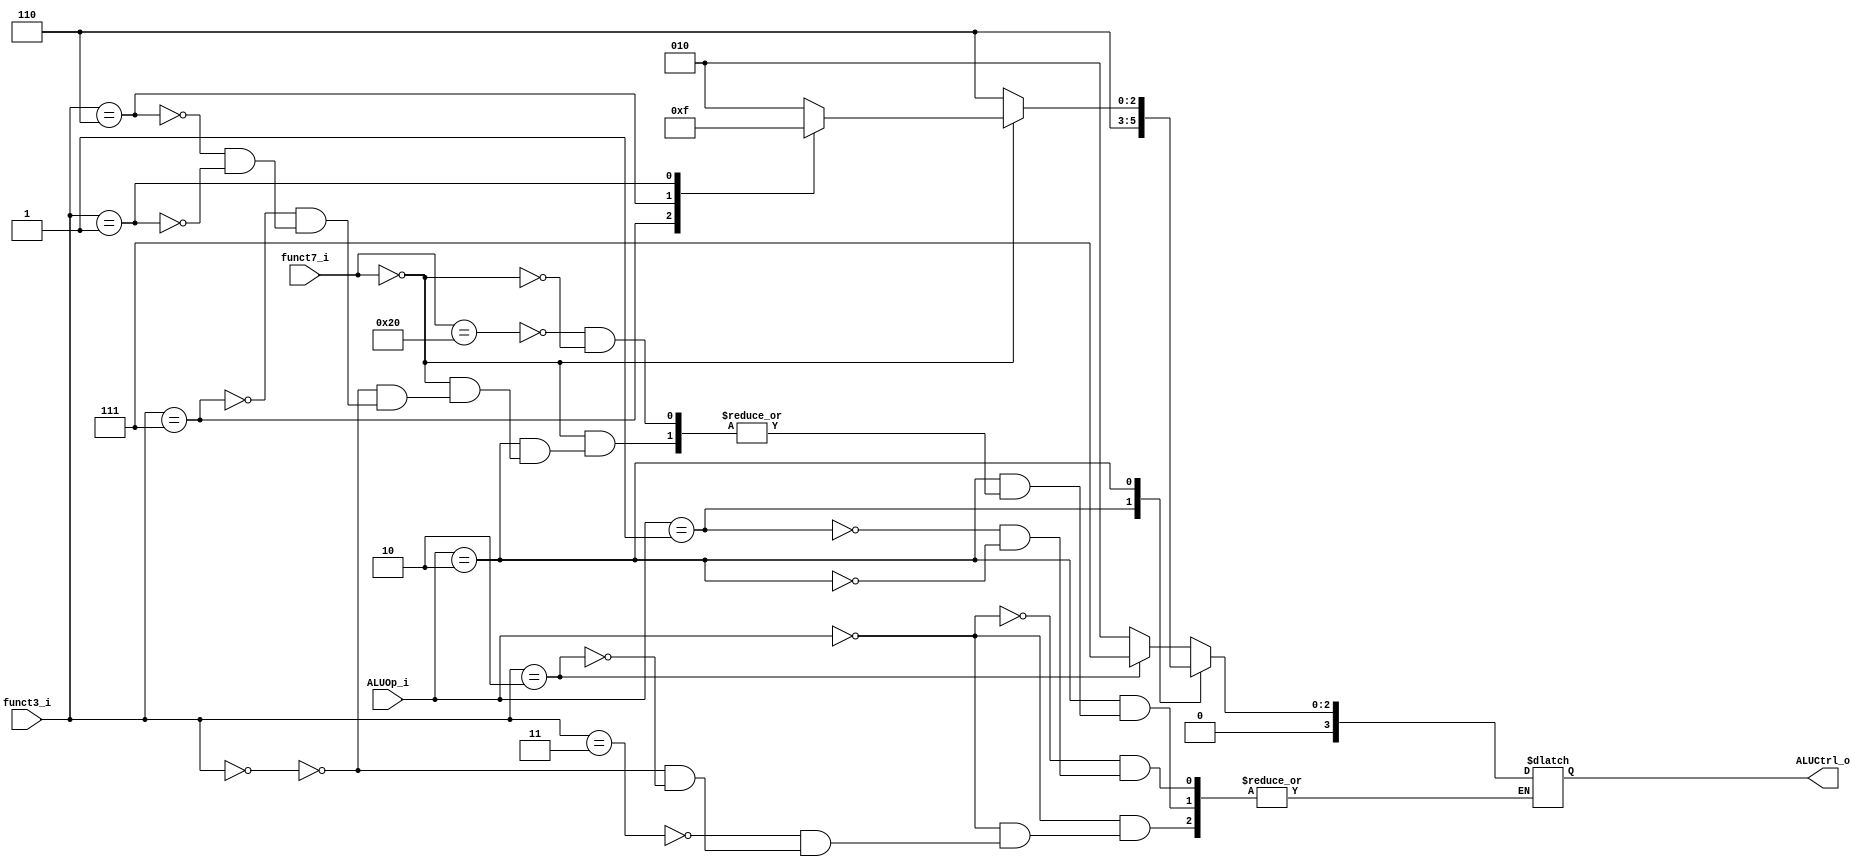
module ALU_Ctrl(
          funct3_i,
		  funct7_i,
          ALUOp_i,
          ALUCtrl_o
          );
          
//I/O ports 
input      [3-1:0] funct3_i;
input      [7-1:0] funct7_i;
input      [2-1:0] ALUOp_i;

output     [4-1:0] ALUCtrl_o;    
     
//Internal Signals
reg        [4-1:0] ALUCtrl_o_nxt;

//Parameter

//Select exact operation
assign ALUCtrl_o = ALUCtrl_o_nxt;

always @ (*) 
begin
	ALUCtrl_o_nxt = ALUCtrl_o;
	case(ALUOp_i)
		2'b00:
		begin
			case(funct3_i)
				3'b011: //ld sd
				begin
					ALUCtrl_o_nxt = 4'b0010;
				end
				3'b000: //addi
				begin
					ALUCtrl_o_nxt = 4'b0010;
				end
				3'b010: //slti
				begin
					ALUCtrl_o_nxt = 4'b0111;
				end
			endcase
			
		end
		2'b01: //beq
		begin
			ALUCtrl_o_nxt = 4'b0110;
		end
		2'b10: //R-type 
		begin
			case(funct7_i)
				7'b0100000: //sub
				begin
					ALUCtrl_o_nxt = 4'b0110;
				end
				7'b0000000: //add and or
				begin
					case(funct3_i)
						3'b000: //add
						begin
							ALUCtrl_o_nxt = 4'b0010;
						end
						3'b111: //and
						begin
							ALUCtrl_o_nxt = 4'b0000;
						end
						3'b110: //or
						begin
							ALUCtrl_o_nxt = 4'b0001;
						end
						3'b001: //slt
						begin
							ALUCtrl_o_nxt = 4'b0111;
						end
					endcase
				end
			endcase
		end
	endcase
end
endmodule